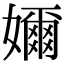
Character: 嬭